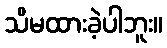
သိမထားခဲ့ပါဘူး။